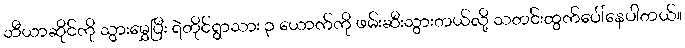
ဘီယာဆိုင်ကို သွားမွှေပြီး ရဲတိုင်ရွာသား ၃ ယောက်ကို ဖမ်းဆီးသွားတယ်လို့ သတင်းထွက်ပေါ်နေပါတယ်။